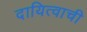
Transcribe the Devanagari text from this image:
दायित्वाची